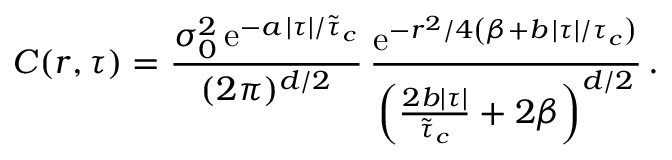
C ( r , \tau ) = \frac { \sigma _ { 0 } ^ { 2 } \, \mathrm { e } ^ { - a \, \lvert \tau \rvert / \tilde { \tau } _ { c } } } { ( 2 \pi ) ^ { d / 2 } } \, \frac { \mathrm { e } ^ { - r ^ { 2 } / 4 \left( \beta + b \, \lvert \tau \rvert / \tau _ { c } \right) } } { \left( \frac { 2 b \lvert \tau \rvert } { \tilde { \tau } _ { c } } + 2 \beta \right) ^ { d / 2 } } \, .